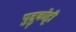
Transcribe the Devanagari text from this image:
पुद्दुकोट्टी